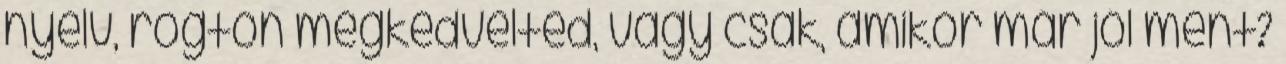
nyelv, rögtön megkedvelted, vagy csak, amikor már jól ment?